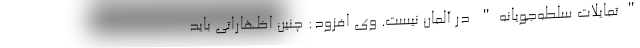
"تمایلات سلطه‌جویانه" در آلمان نیست. وی افزود: چنین اظهاراتی باید